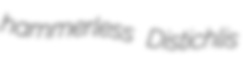
hammerless Distichlis